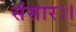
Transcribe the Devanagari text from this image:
संसार।।